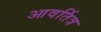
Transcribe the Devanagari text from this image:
आवर्तित्र